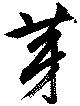
芽